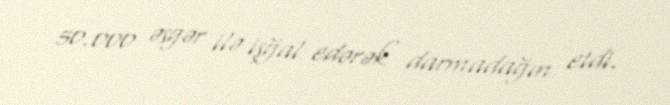
50.000 əsgər ilə işğal edərək darmadağın etdi.